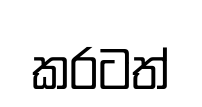
කරටත්